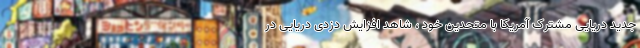
جدید دریایی مشترک آمریکا با متحدین خود ، شاهد افزایش دزدی دریایی در